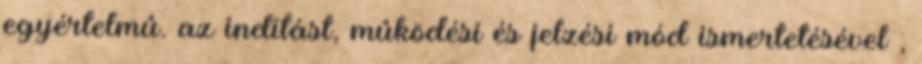
egyértelmû. az indítást, mûködési és jelzési mód ismertetésével ,